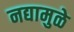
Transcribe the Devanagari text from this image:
नद्यामुळे